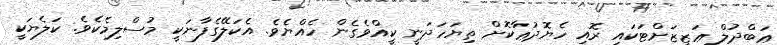
ޢަބްދުލް ޢަޒީޒަށްޓަކައި ރޮއި ހެޔޮދުޢާކޮށް ތިޔަހަދަނީ ކީއްވެގެން ހެއްޔެވެ. އެކަލޭގެފާނަކީ މުސްލިމެކެވެ. ކަލެޔަކީ